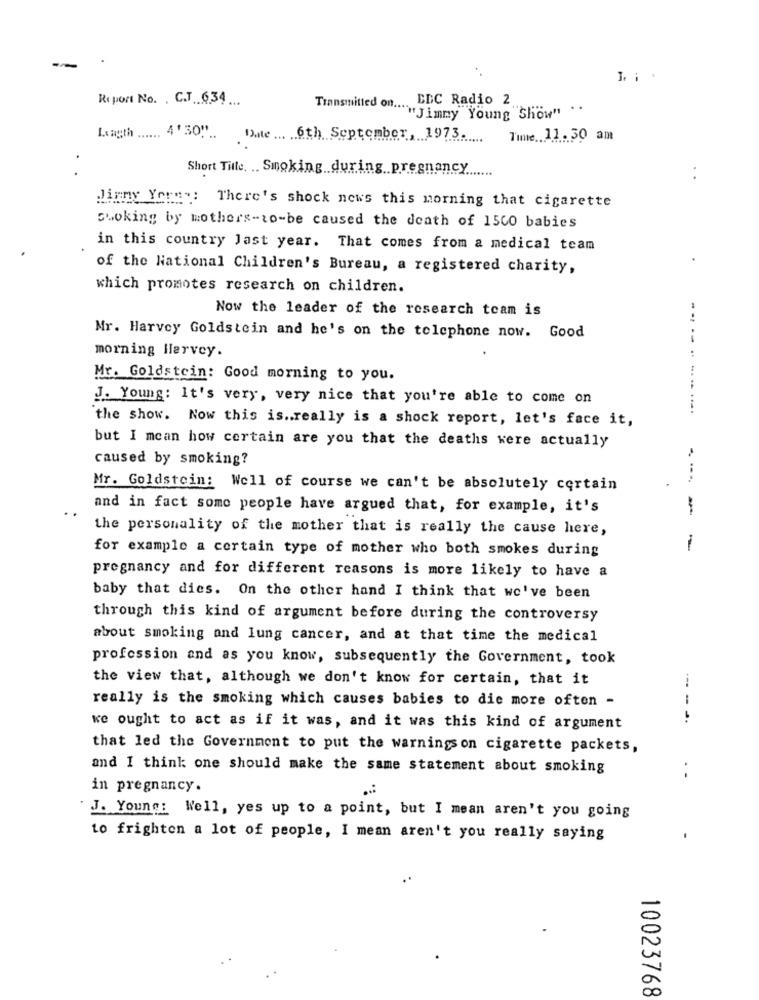
.
Report No. . C.J. 634 ...
EDC Radio 2
Transmitted of ... " Jimmy"Young"Show" . .
Length ...... 4' 30"" ..
Date 6th September, 1973.
Time .. 11.30 am
Short Title, .. Smoking during pregnancy
Jimmy Yorn : There's shock news this morning that cigarette
woking by mothers-to-be caused the death of 1500 babies
in this country Jast year. That comes from a medical team
of the National Children's Bureau, a registered charity,
which promotes research on children.
Now the leader of the research team is
Mr. Harvey Goldstein and he's on the telephone now. Good
--
morning Ilervey.
...
Mr. Goldstein: Good morning to you.
J. Young: It's very, very nice that you're able to come on
the show. Now this is .. really is a shock report, let's face it,
but I mean how certain are you that the deaths were actually
caused by smoking?
Mr. Goldstein: Well of course we can't be absolutely certain
and in fact some people have argued that, for example, it's
-
the personality of the mother that is really the cause here,
for example a certain type of mother who both smokes during
-
pregnancy and for different reasons is more likely to have a
baby that dies. On the other hand I think that we've been
through this kind of argument before during the controversy
about smoking and lung cancer, and at that time the medical
profession and as you know, subsequently the Government, took
the view that, although we don't know for certain, that it
really is the smoking which causes babies to die more often -
-
we ought to act as if it was, and it was this kind of argument
that led the Government to put the warningson cigarette packets,
and I think: one should make the same statement about smoking
in pregnancy.
..
J. Young: Well, yes up to a point, but I mean aren't you going
to frighten a lot of people, I mean aren't you really saying
10023768